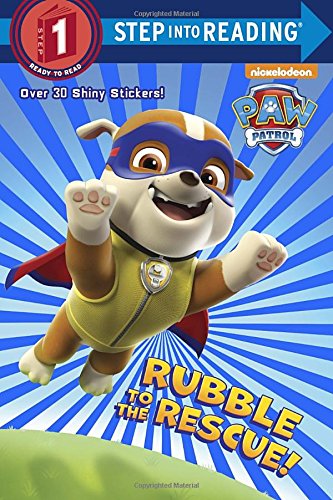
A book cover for Rubble to the Rescue! (Paw Patrol) (Step into Reading); Kristen L. Depken; Reference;